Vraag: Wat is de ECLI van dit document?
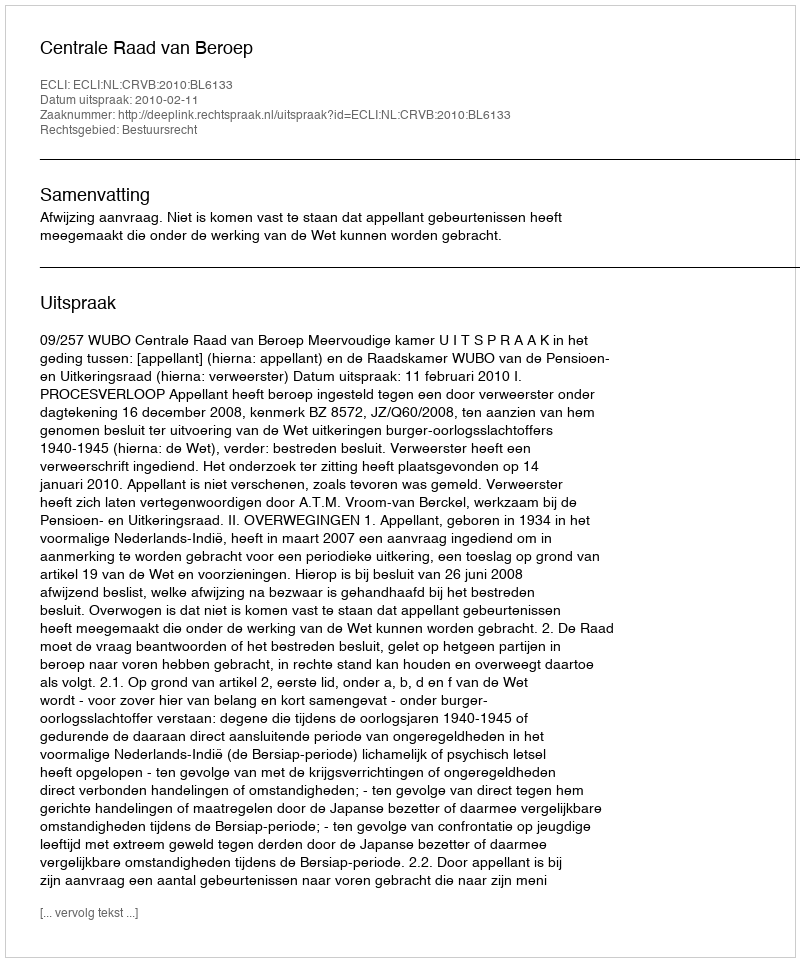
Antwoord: ECLI:NL:CRVB:2010:BL6133